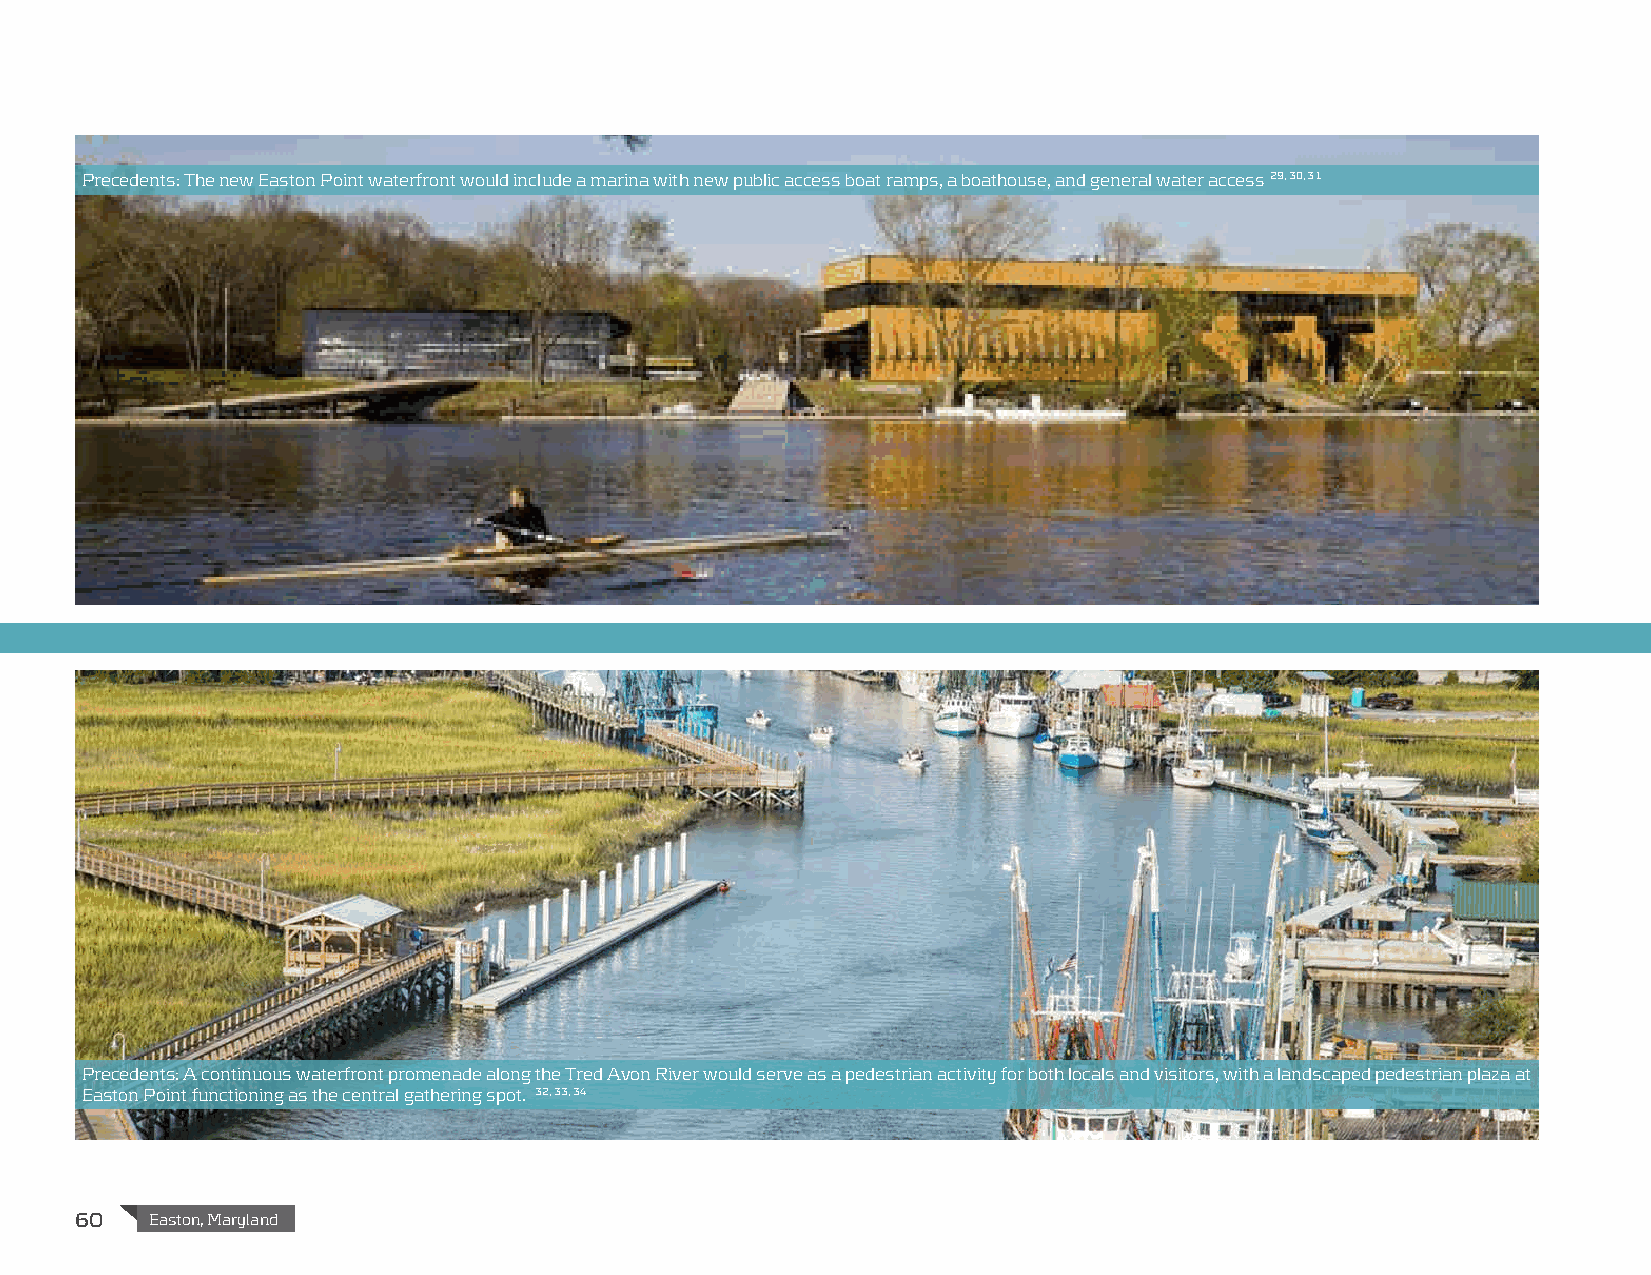
Precedents: The new Easton Point waterfront would include a marina with new public access boat ramps, a boathouse, and general water access 29, 30, 31
 Precedents: A continuous waterfront promenade along the Tred Avon River would serve as a pedestrian activity for both locals and visitors, with a landscaped pedestrian plaza at
 Easton Point functioning as the central gathering spot. 32, 33, 34
 60   Easton, Maryland